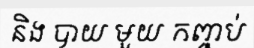
និង បាយ មួយ កញ្ចប់